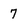
Character: 7